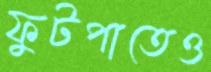
ফুটপাতেও